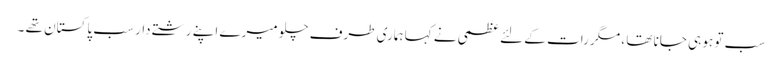
سب تو ہو ہی جانا تھا ، مگر رات کے لئے عظمی نے کہا ہماری طرف چلو میرے اپنے رشتے دار سب پاکستان تھے ۔